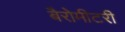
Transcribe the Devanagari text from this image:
बैरोमीटरी